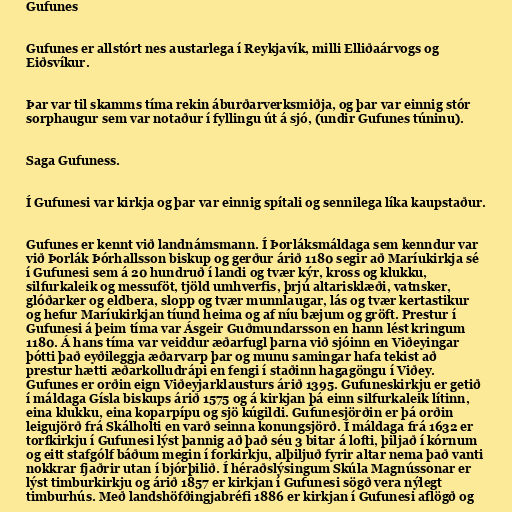
Gufunes

Gufunes er allstórt nes austarlega í Reykjavík, milli Elliðaárvogs og
Eiðsvíkur.

Þar var til skamms tíma rekin áburðarverksmiðja, og þar var einnig stór
sorphaugur sem var notaður í fyllingu út á sjó, (undir Gufunes túninu).

Saga Gufuness.

Í Gufunesi var kirkja og þar var einnig spítali og sennilega líka kaupstaður.

Gufunes er kennt við landnámsmann. Í Þorláksmáldaga sem kenndur var
við Þorlák Þórhallsson biskup og gerður árið 1180 segir að Maríukirkja sé
í Gufunesi sem á 20 hundruð í landi og tvær kýr, kross og klukku,
silfurkaleik og messuföt, tjöld umhverfis, þrjú altarisklæði, vatnsker,
glóðarker og eldbera, slopp og tvær munnlaugar, lás og tvær kertastikur
og hefur Maríukirkjan tíund heima og af níu bæjum og gröft. Prestur í
Gufunesi á þeim tíma var Ásgeir Guðmundarsson en hann lést kringum
1180. Á hans tíma var veiddur æðarfugl þarna við sjóinn en Viðeyingar
þótti það eyðileggja æðarvarp þar og munu samingar hafa tekist að
prestur hætti æðarkolludrápi en fengi í staðinn hagagöngu í Viðey.
Gufunes er orðin eign Viðeyjarklausturs árið 1395. Gufuneskirkju er getið
í máldaga Gísla biskups árið 1575 og á kirkjan þá einn silfurkaleik lítinn,
eina klukku, eina koparpípu og sjö kúgildi. Gufunesjörðin er þá orðin
leigujörð frá Skálholti en varð seinna konungsjörð. Í máldaga frá 1632 er
torfkirkju í Gufunesi lýst þannig að það séu 3 bitar á lofti, þiljað í kórnum
og eitt stafgólf báðum megin í forkirkju, alþiljuð fyrir altar nema það vanti
nokkrar fjaðrir utan í bjórþilið. Í héraðslýsingum Skúla Magnússonar er
lýst timburkirkju og árið 1857 er kirkjan í Gufunesi sögð vera nýlegt
timburhús. Með landshöfðingjabréfi 1886 er kirkjan í Gufunesi aflögð og